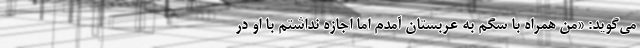
می‌گوید: «من همراه با سگم به عربستان آمدم اما اجازه نداشتم با او در